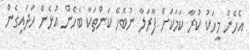
އެހެން މީހަކު ކުރާ ކަމަކަށް ފާރަލާ ނުބެހޭ ކަންތަކާ ބެހެން އުޅެން ހަދައިގެން